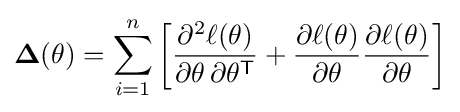
\mathbf {\Delta } (\mathbf {\theta } )=\sum _{i=1}^{n}\left[{\frac {\partial ^{2}\ell (\mathbf {\theta } )}{\partial \mathbf {\theta } \,\partial \mathbf {\theta } ^{\mathsf {T}}}}+{\frac {\partial \ell (\mathbf {\theta } )}{\partial \mathbf {\theta } }}{\frac {\partial \ell (\mathbf {\theta } )}{\partial \mathbf {\theta } }}\right]